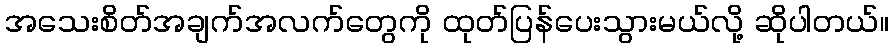
အသေးစိတ်အချက်အလက်တွေကို ထုတ်ပြန်ပေးသွားမယ်လို့ ဆိုပါတယ်။